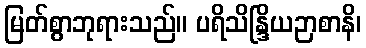
မြတ်စွာဘုရားသည်။ ပရိသိန္ဒြိယဉာစာနိ၊